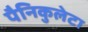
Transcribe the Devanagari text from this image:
पैनिकुलेटा